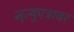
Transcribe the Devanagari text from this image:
मृत्युपत्रावर